NAE_ERA_R-2324_Eesti_Vabariigi_Pohiseaduslik_Assamblee, lk 134
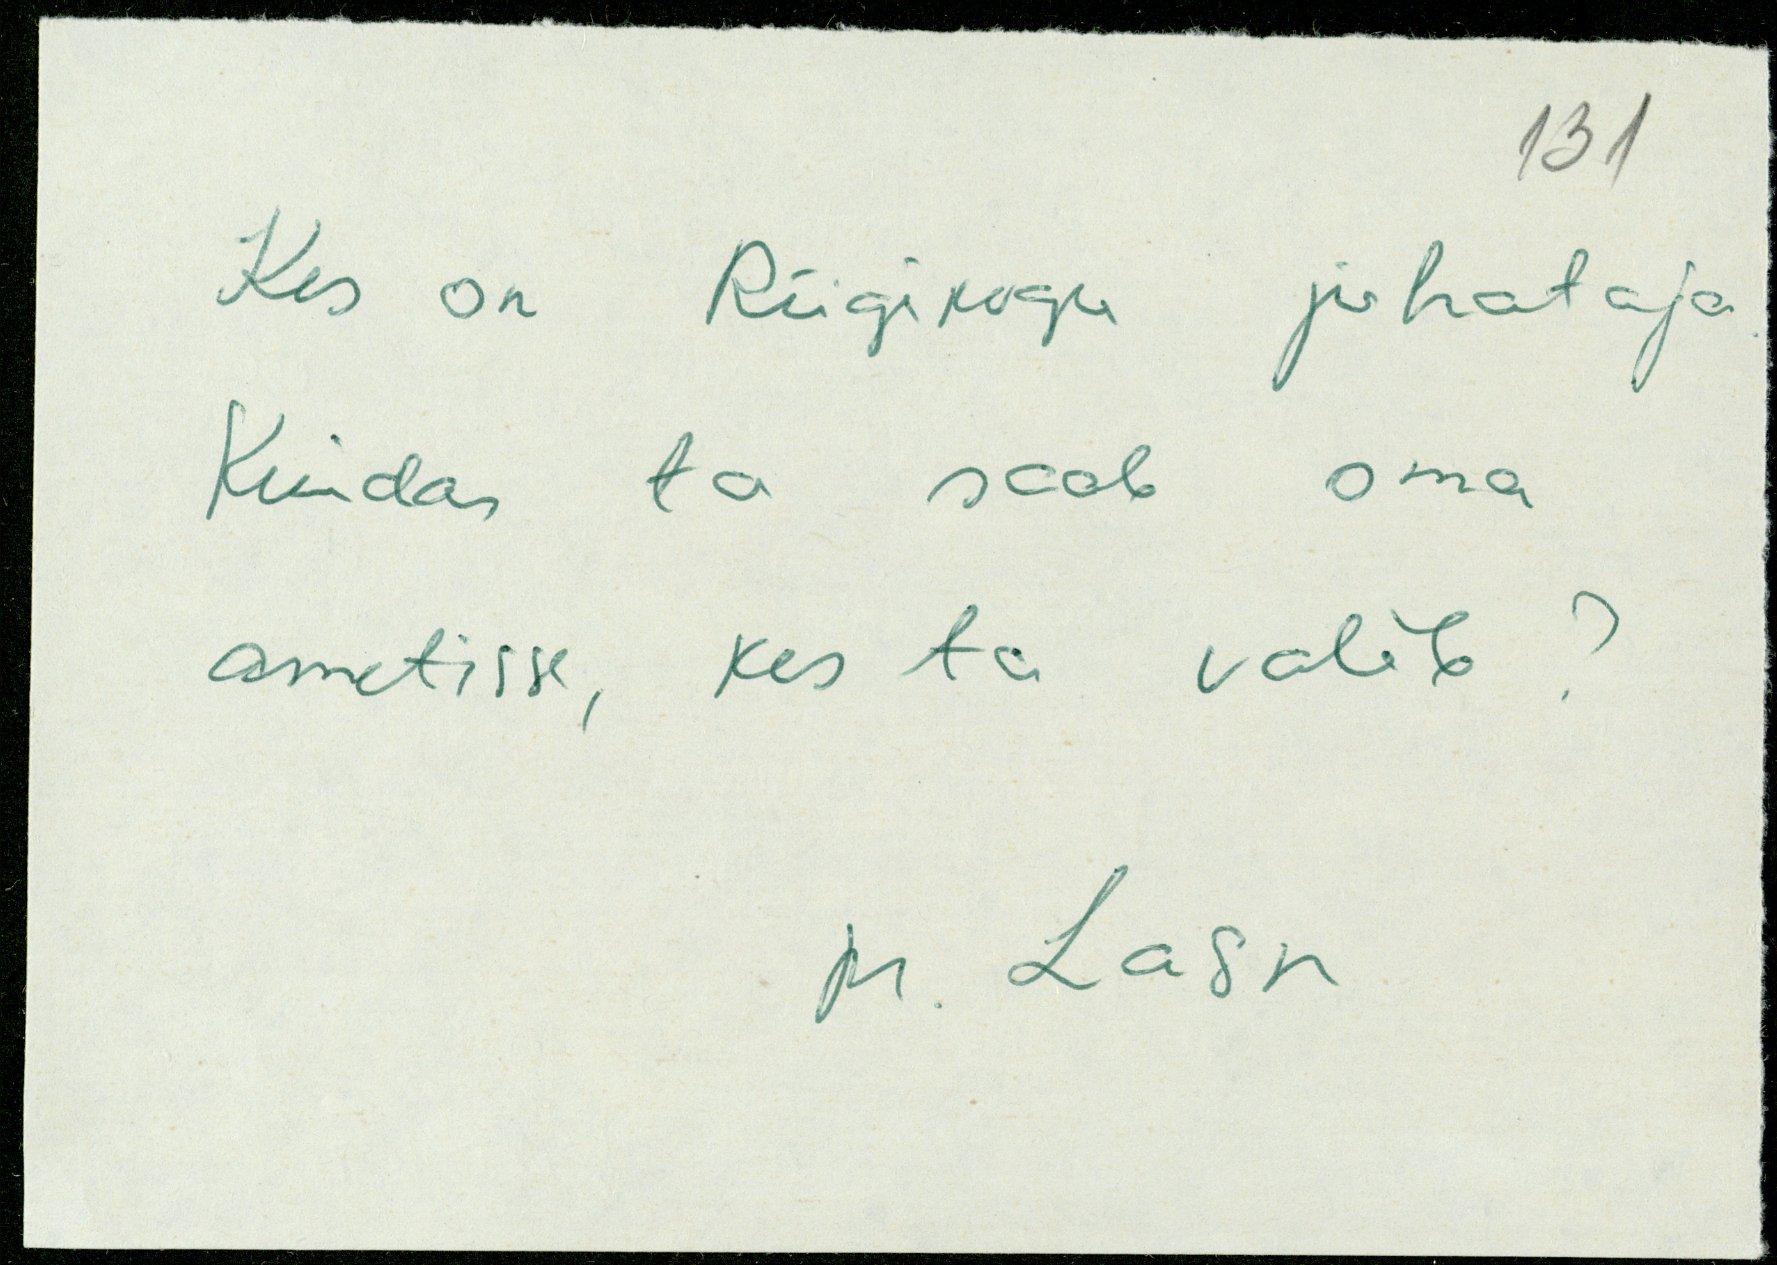
Kes on Riigikogu juhataja
Kuidas ta saab oma
ametisse, kes ta valib ?
pr. Lasn